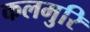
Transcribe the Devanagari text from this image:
कलमुरि